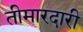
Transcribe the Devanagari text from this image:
तीमारदारी